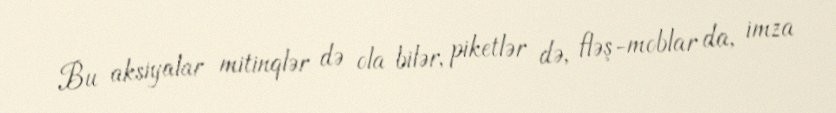
Bu aksiyalar mitinqlər də ola bilər, piketlər də, fləş-moblar da, imza